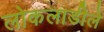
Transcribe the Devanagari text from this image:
लोकलाडीले